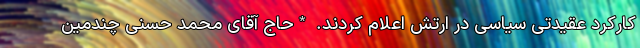
کارکرد عقیدتی سیاسی در ارتش اعلام کردند. *حاج آقای محمد حسنی چندمین